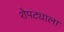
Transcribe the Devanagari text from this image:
शेपट्याला